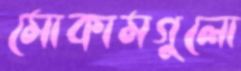
মোকামগুলো